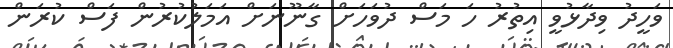
ވަހީދު ވިދާޅުވީ އިތުރު ހަ މަސް ދުވަހަށް ގާނޫނަށް އަމަލުކުރުން ފަސް ކުރަން